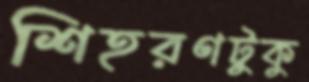
শিহরণটুকু